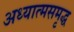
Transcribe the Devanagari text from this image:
अध्यात्मसमृद्ध